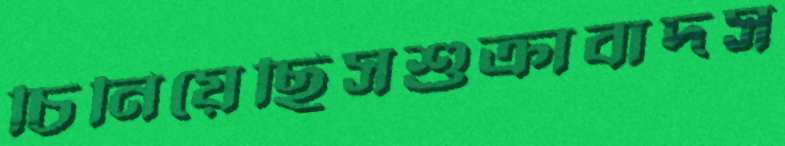
চিনিয়েছিসশুক্রাবাদস